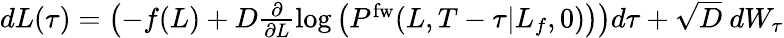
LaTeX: \begin{array}{r}{dL(\tau)=\left(-f(L)+D\frac{\partial}{\partial L}\log\left(P^{\mathrm{fw}}(L,T-\tau|L_{f},0)\right)\right)d\tau+\sqrt{D}\ dW_{\tau}}\end{array}